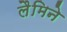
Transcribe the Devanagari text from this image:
लैमिने